Burma Government Medical School reports 1923-41
Year: 1923
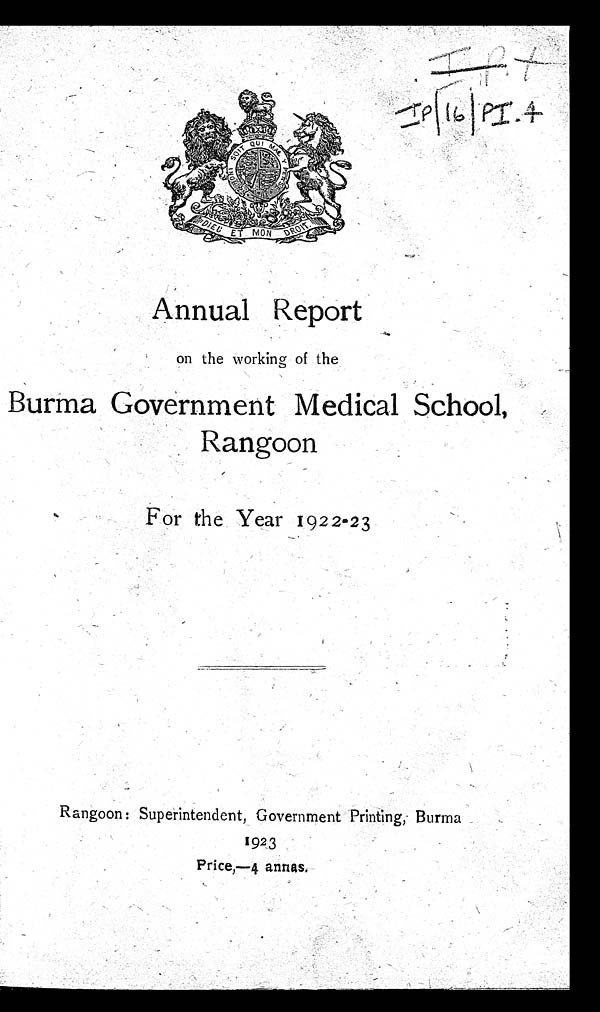
Annual Report
on the working of the
Burma Government Medical School,
Rangoon
For the Year 1922-23
Rangoon: Superintendent, Government Printing, Burma
1923
P r i c e , — 4 a n n a s .